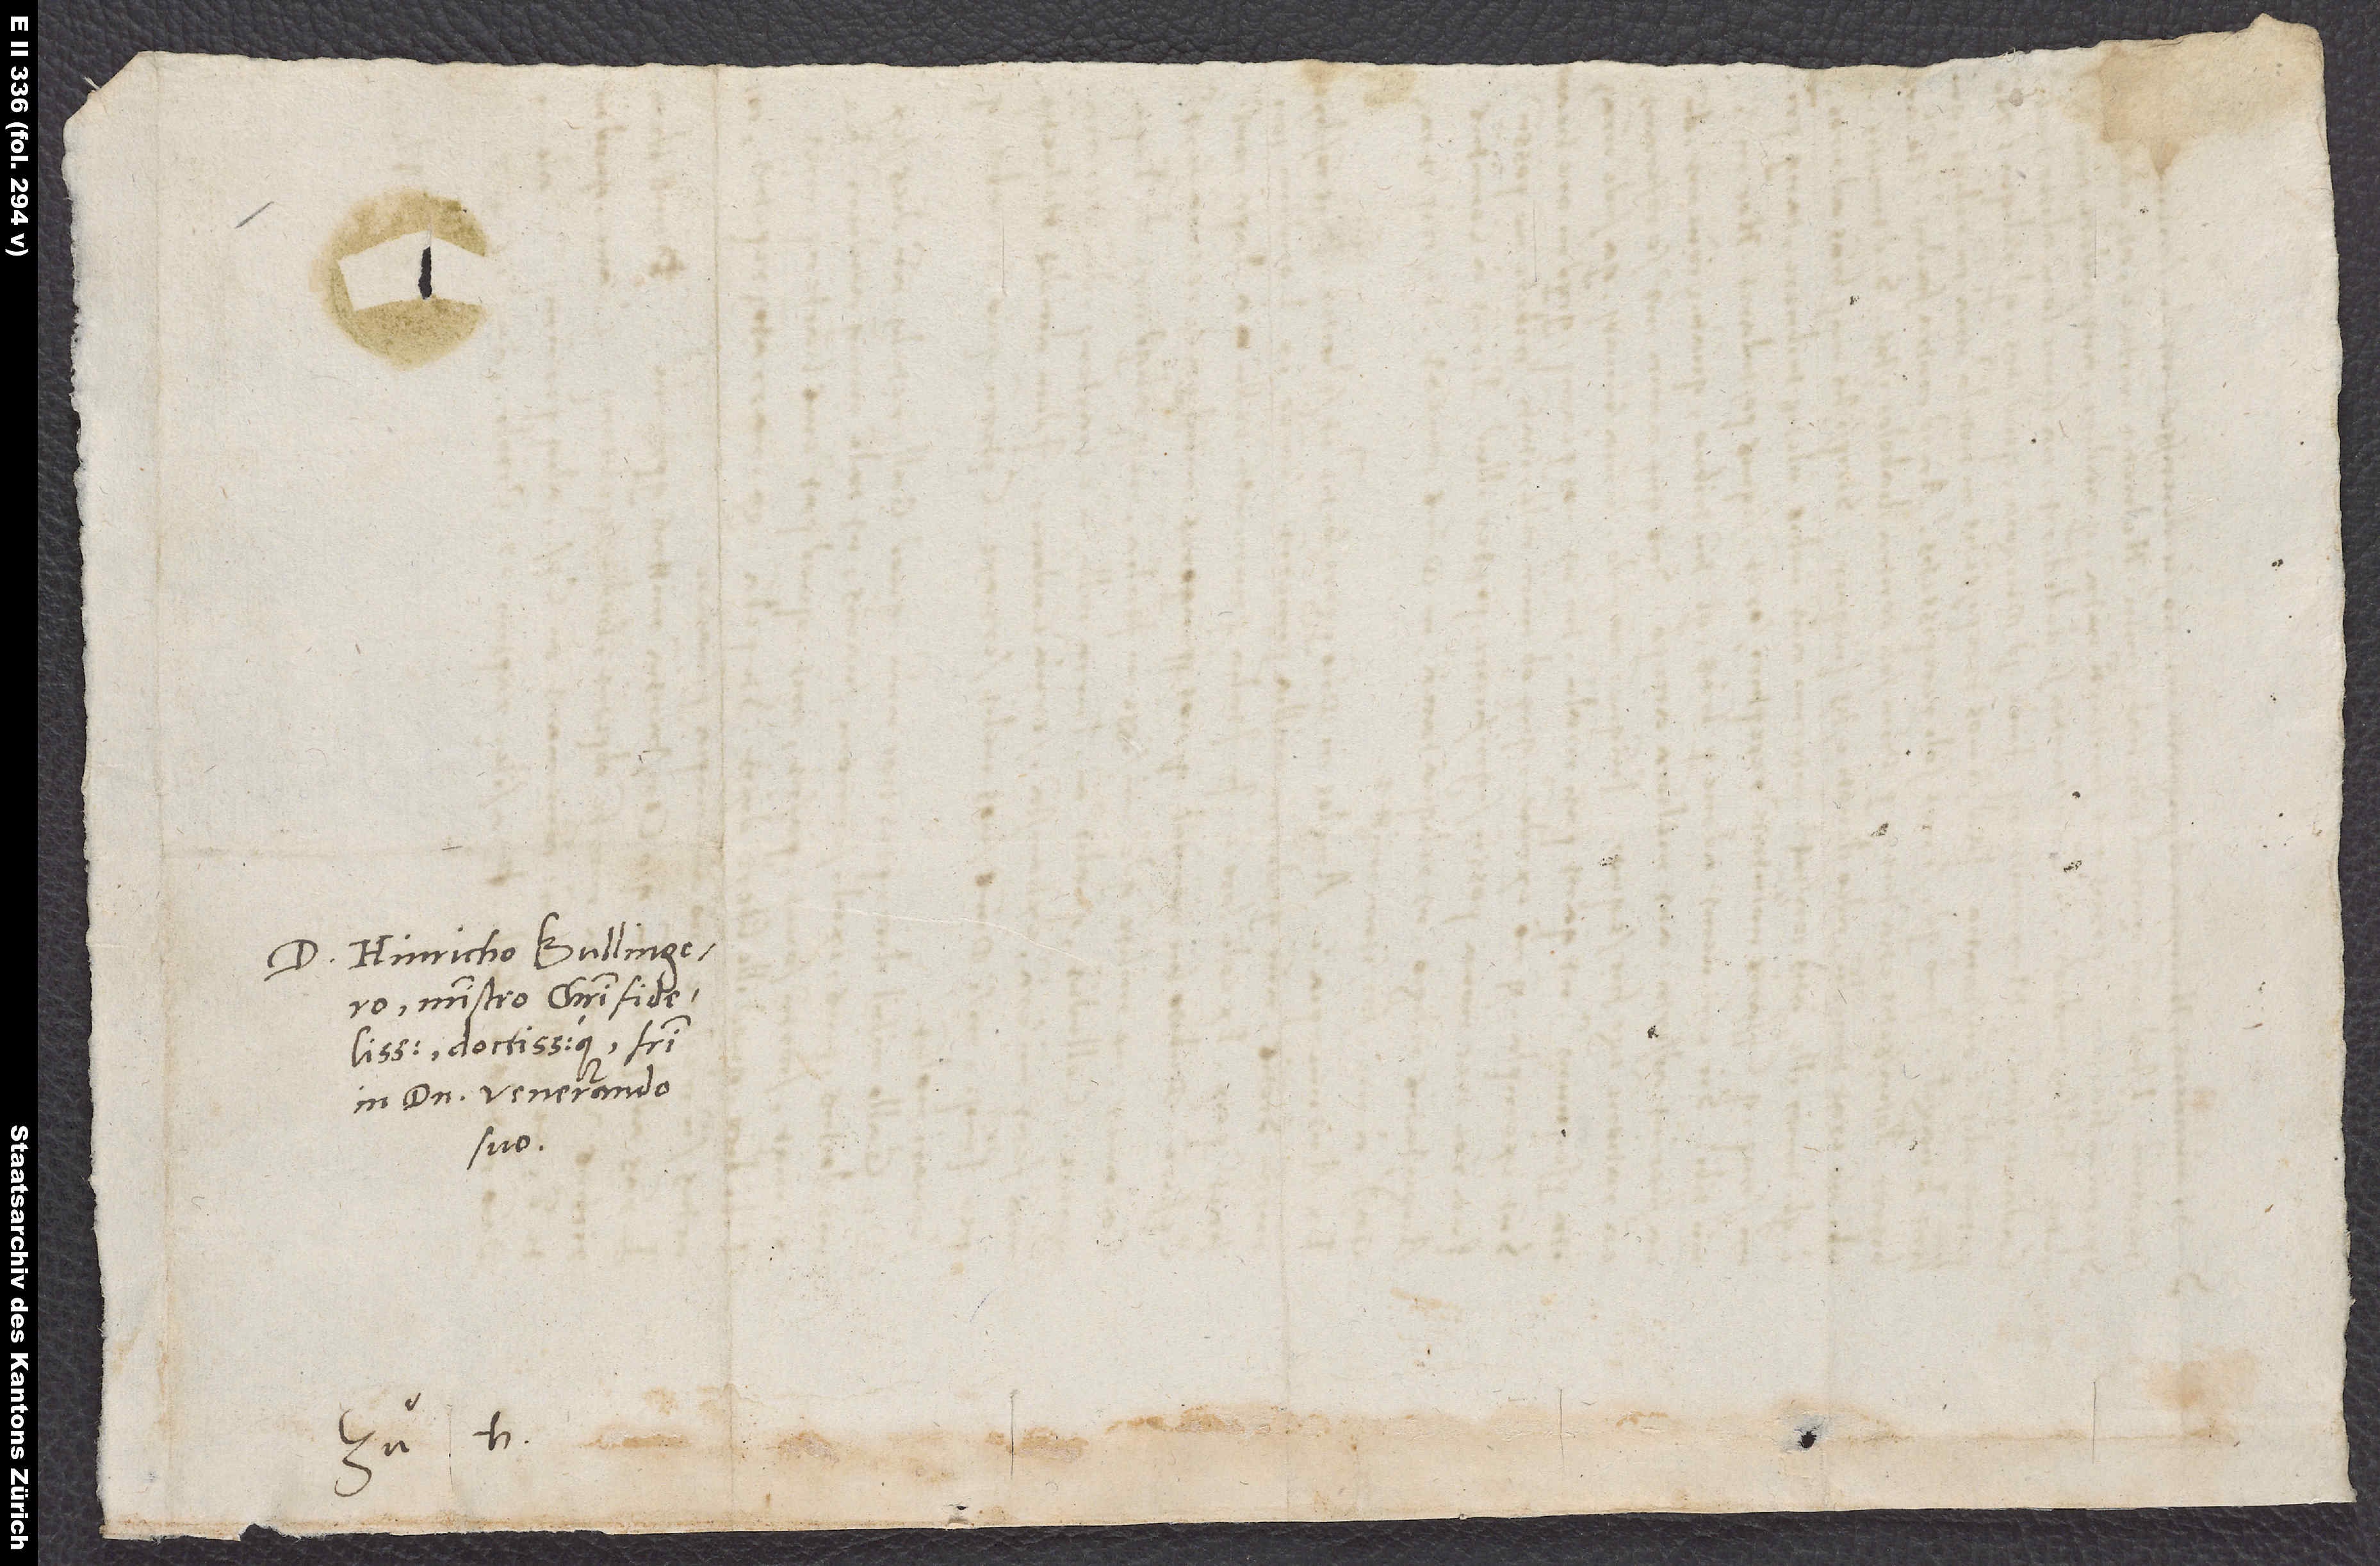
D. Hinricho Bullingero,
ministro Christi fidelissimo
doctissimoque, fratri
in domino venerando
suo.
Zuh.